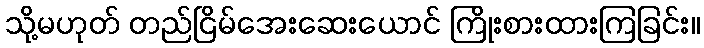
သို့မဟုတ် တည်ငြိမ်အေးဆေးယောင် ကြိုးစားထားကြခြင်း။